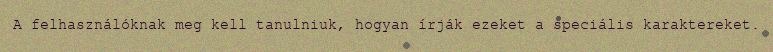
A felhasználóknak meg kell tanulniuk, hogyan írják ezeket a speciális karaktereket.